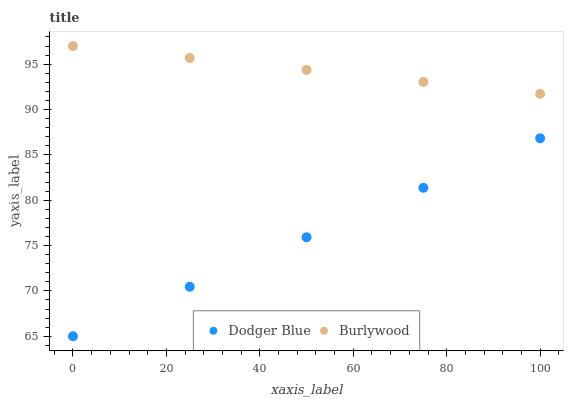
| xaxis_label | Dodger Blue | Burlywood |
 | --- | --- | --- |
 | 0 | 65 | 97 |
 | 25 | 70.5 | 95.7 |
 | 50 | 75.9 | 94.4 |
 | 75 | 81.4 | 93 |
 | 100 | 86.8 | 91.7 |